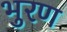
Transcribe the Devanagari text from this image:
भुरण